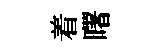
着曙